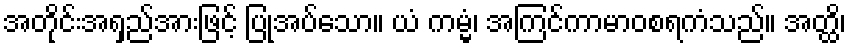
အတိုင်းအရှည်အားဖြင့် ပြုအပ်သော။ ယံ ကမ္မံ၊ အကြင်ကာမာဝစရကံသည်။ အတ္ထိ၊